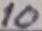
Text: 10